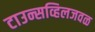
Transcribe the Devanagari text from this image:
टाउन्सव्हिलजवळ